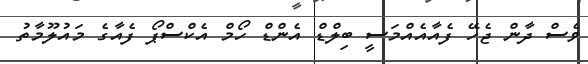
ވެސް ދާން ޖެހޭ ފެއާއެއްމަސީ ބިލްޑް އެންޑް ހޯމް އެކްސްޕޯ ފެއާގެ މައުލޫމާތު